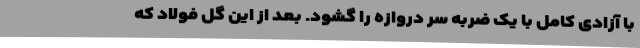
با آزادی کامل با یک ضربه سر دروازه را گشود. بعد از این گل فولاد که